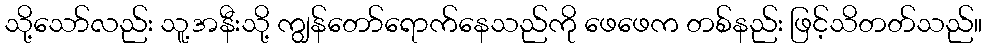
သို့သော်လည်း သူ့အနီးသို့ ကျွန်တော်ရောက်နေသည်ကို ဖေဖေက တစ်နည်း ဖြင့်သိတတ်သည်။